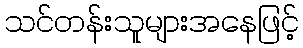
သင်တန်းသူများအနေဖြင့်